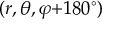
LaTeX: ( r , \theta , \varphi { + } 1 8 0 ^ { \circ } )